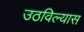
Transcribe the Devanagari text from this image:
उठविल्यास